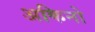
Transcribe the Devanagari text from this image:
अकिनो